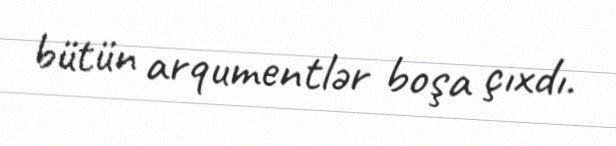
bütün arqumentlər boşa çıxdı.